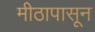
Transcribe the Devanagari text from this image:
मीठापासून